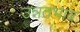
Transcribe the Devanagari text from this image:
उन्नतभाव